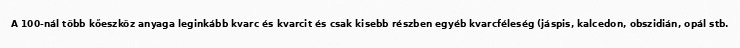
A 100-nál több kőeszköz anyaga leginkább kvarc és kvarcit és csak kisebb részben egyéb kvarcféleség (jáspis, kalcedon, obszidián, opál stb.